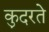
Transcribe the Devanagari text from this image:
कु़दरते